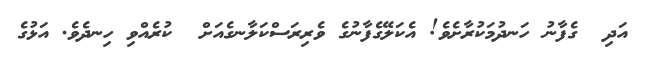
އަދި  ގެފާނު ހަނދުމަކުރާށެވެ! އެކަލޭގެފާނުގެ ވެރިރަސްކަލާނގެއަށް  ކުރެއްވި ހިނދެވެ. އަޅުގެ